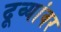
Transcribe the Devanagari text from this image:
दूव्यांवर